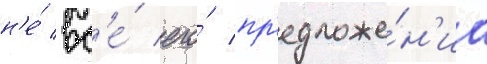
н'е́ вс'е́ его́ пр'едложе́н'иа